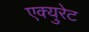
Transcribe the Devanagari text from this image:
एक्युरेट